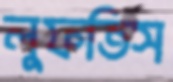
লুফতিস